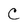
Character: C